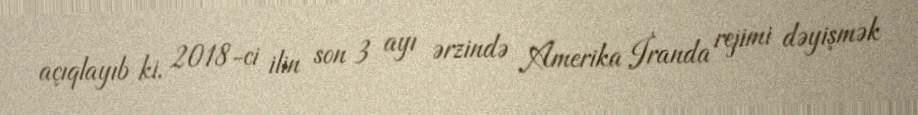
açıqlayıb ki, 2018-ci ilin son 3 ayı ərzində Amerika İranda rejimi dəyişmək